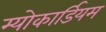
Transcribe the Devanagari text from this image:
म्योकार्डियम